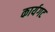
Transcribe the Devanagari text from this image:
कार्यगट